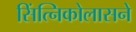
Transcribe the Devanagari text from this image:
सिंत्निकोलासने